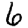
Digit: 6